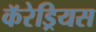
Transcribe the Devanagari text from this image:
कॅरेड्रियस